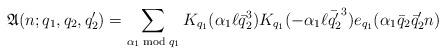
LaTeX: \begin{align*}\mathfrak{A}(n;q_1,q_2,q_2')=\sum_{\alpha_1\bmod{q_1}}K_{q_1}(\alpha_1\ell\bar{q}_2^3)K_{q_1}(-\alpha_1\ell\bar{q_2'}^3)e_{q_1}(\alpha_1 \bar{q}_2\bar{q}_2' n)\end{align*}